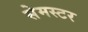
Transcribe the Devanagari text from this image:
सेमस्टर